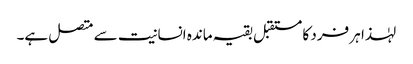
لہٰذا ہر فرد کا مستقبل بقیہ ماندہ انسانیت سے متصل ہے۔